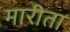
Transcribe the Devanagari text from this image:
मारीता